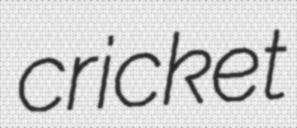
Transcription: cricket